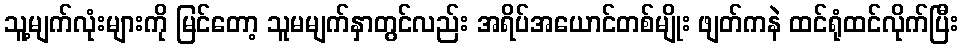
သူ့မျက်လုံးများကို မြင်တော့ သူမမျက်နှာတွင်လည်း အရိပ်အယောင်တစ်မျိုး ဖျတ်ကနဲ ထင်ရုံထင်လိုက်ပြီး